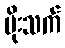
မိုးသက်